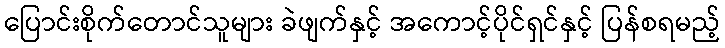
ပြောင်းစိုက်တောင်သူများ ခဲဖျက်နှင့် အကောင့်ပိုင်ရှင်နှင့် ပြန်စရမည့်